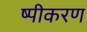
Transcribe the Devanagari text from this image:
ष्पीकरण